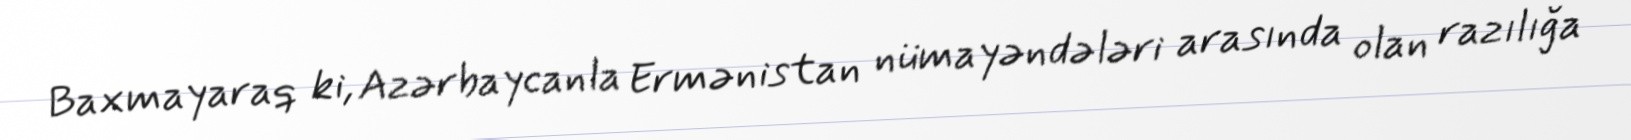
Baxmayaraq ki, Azərbaycanla Ermənistan nümayəndələri arasında olan razılığa